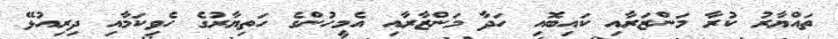
ތައްޔާރު ކުރާ މަންޒަރާއި ކައިބޮއި ހަދާ މަންޒާރާއި އެމީހުންގެ ހަތިޔާރުގެ ހެވިކަމާއި ދިރިއުޅޭ